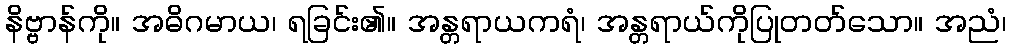
နိဗ္ဗာန်ကို။ အဓိဂမာယ၊ ရခြင်း၏။ အန္တရာယကရံ၊ အန္တရာယ်ကိုပြုတတ်သော။ အညံ၊